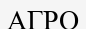
АГРО